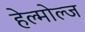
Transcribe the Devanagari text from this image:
हेल्मोल्ज